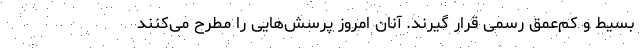
بسیط و کم‌عمق رسمی قرار گیرند. آنان امروز پرسش‌هایی را مطرح می‌کنند